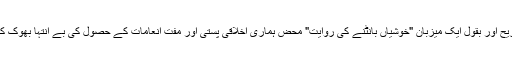
اس قسم کی سستی تفریح اور بقول ایک میزبان "خوشیاں بانٹنے کی روایت" محض ہماری اخلاقی پستی اور مفت انعامات کے حصول کی بے انتہا بھوک کی نشاندہی کرتی ہے۔